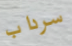
سرداب